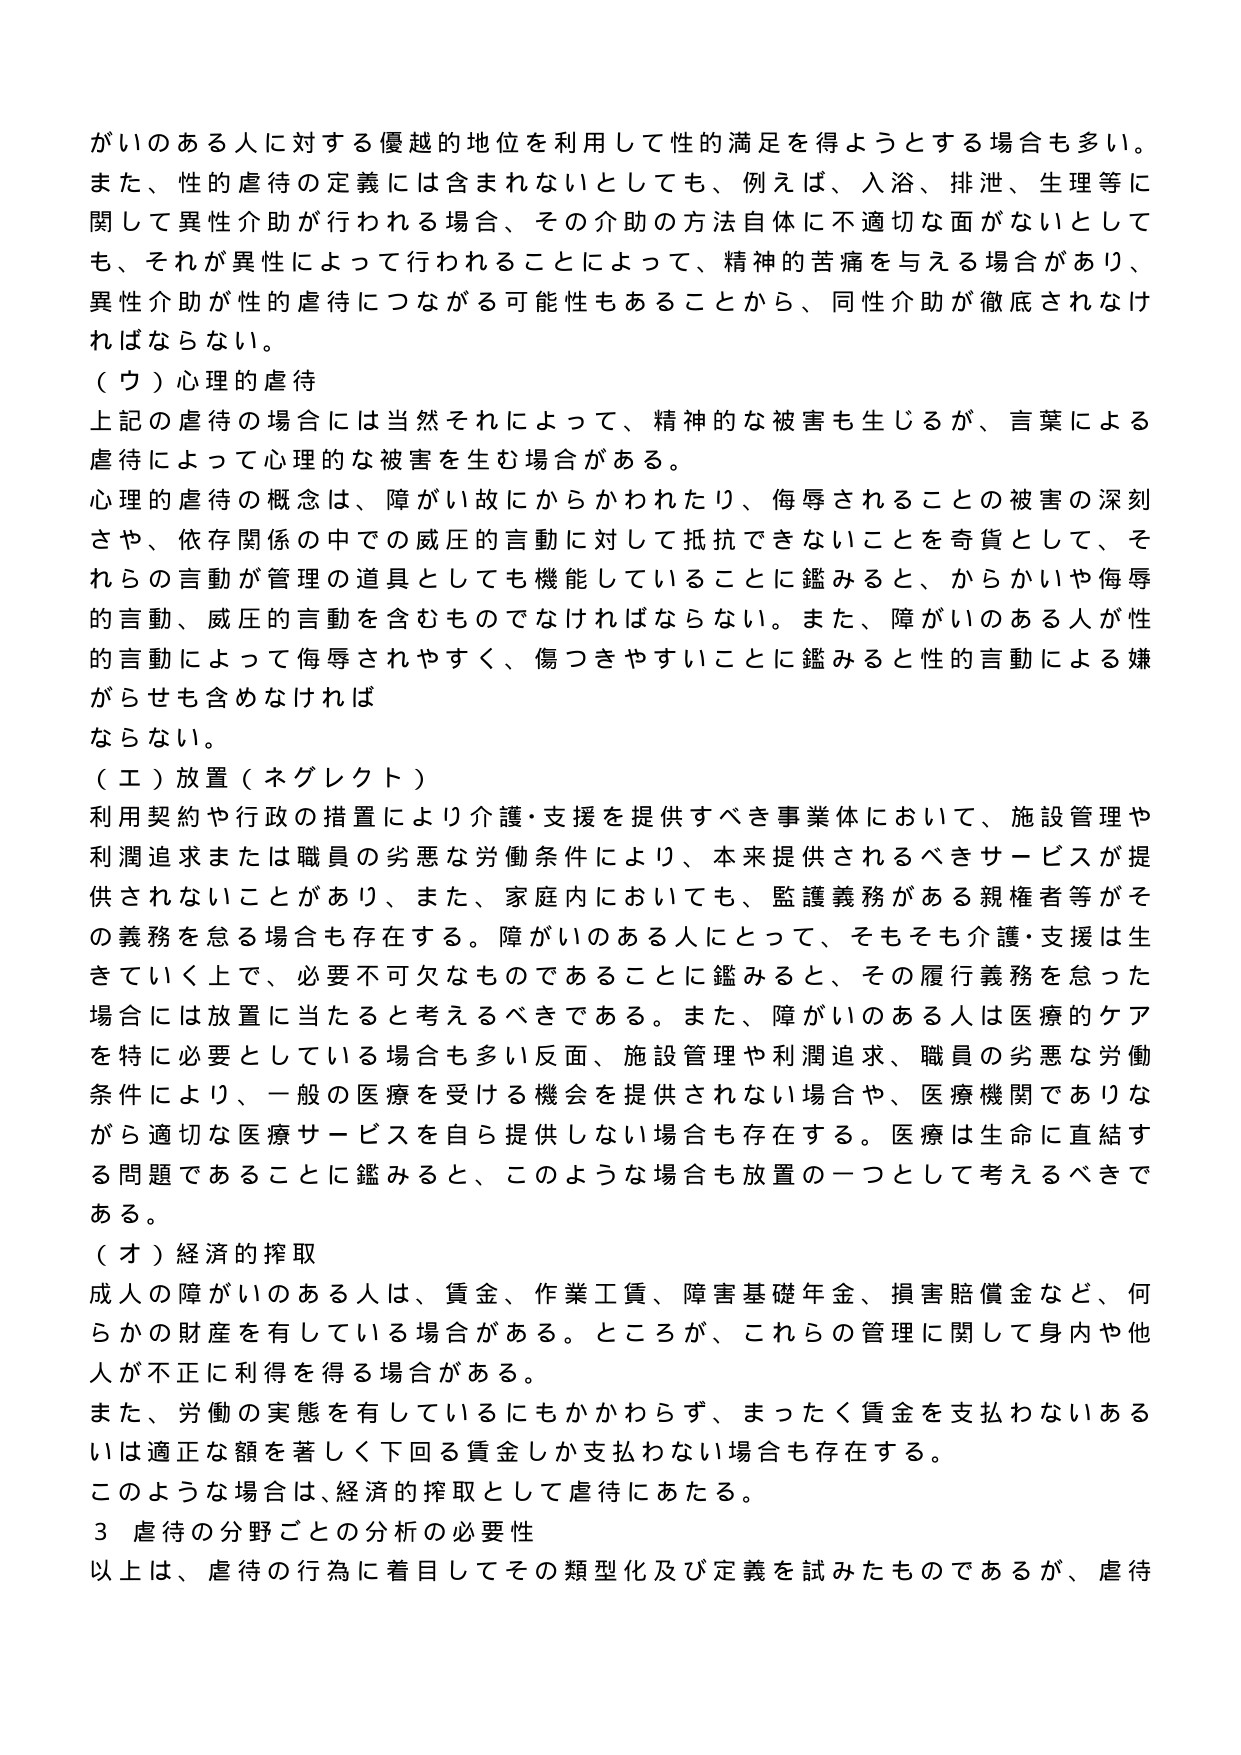
がいのある人に対する優越的地位を利用して性的満足を得ようとする場合も多い。また、性的虐待の定義には含まれないとしても、例えば、入浴、排泄、生理等に関して異性介助が行われる場合、その介助の方法自体に不適切な面がないとしても、それが異性によって行われることによって、精神的苦痛を与える場合があり、異性介助が性的虐待につながる可能性もあることから、同性介助が徹底されなければならない。

（ウ）心理的虐待
上記の虐待の場合には当然それによって、精神的な被害も生じるが、言葉による虐待によって心理的な被害を生む場合がある。
心理的虐待の概念は、障がい故にからかわれたり、侮辱されることの被害の深刻さや、依存関係の中での威圧的言動に対して抵抗できないことを奇貨として、それらの言動が管理の道具としても機能していることに鑑みると、からかいや侮辱的言動、威圧的言動を含むものでなければならない。また、障がいのある人が性的言動によって侮辱されやすく、傷つきやすいことに鑑みると性的言動による嫌がらせも含めなければならない。

（エ）放置（ネグレクト）
利用契約や行政の措置により介護・支援を提供すべき事業体において、施設管理や利潤追求または職員の劣悪な労働条件により、本来提供されるべきサービスが提供されないことがあり、また、家庭内においても、監護義務がある親権者等がその義務を怠る場合も存在する。障がいのある人にとって、そもそも介護・支援は生きていこう上で、必要不可欠なものであることに鑑みると、その履行義務を怠った場合には放置に当たると考えるべきである。また、障がいのある人は医療的ケアを特に必要としている場合も多い反面、施設管理や利潤追求、職員の劣悪な労働条件により、一般の医療を受ける機会を提供されない場合や、医療機関でありながら適切な医療サービスを自ら提供しない場合も存在する。医療は生命に直結する問題であることに鑑みると、このような場合も放置の一つとして考えるべきである。

（オ）経済的搾取
成人の障がいのある人は、賃金、作業工賃、障害基礎年金、損害賠償金など、何らかの財産を有している場合がある。ところが、これらの管理に関して身内や他人が不正に利得を得る場合がある。
また、労働の実態を有しているにもかかわらず、まったく賃金を支払わないあるいは適正な額を著しく下回る賃金しか支払わない場合も存在する。
このような場合は、経済的搾取として虐待にあたる。

３ 虐待の分野ごとの分析の必要性
以上は、虐待の行為に着目してその類型化及び定義を試みたものであるが、虐待